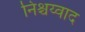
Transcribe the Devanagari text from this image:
निश्चय्वाद